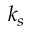
k _ { s }